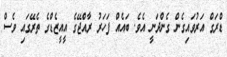
ޑްރަގް އަރުވައިގެން ގެންދަނީ އެވެ. ބައެއް ފަހަރު ރާއްޖޭގެ އީއީޒެޑްގެ ތެރޭގައި ވެސް